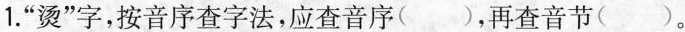
1.”烫”字，按音序查字法，应查音序( )，再查音节( )。